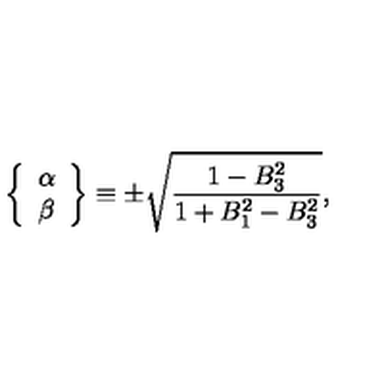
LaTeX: \left\{ \begin{array} { c } { \alpha } \\ { \beta } \\ \end{array} \right\} \equiv \pm \sqrt \frac { 1 - B _ { 3 } ^ { 2 } } { 1 + B _ { 1 } ^ { 2 } - B _ { 3 } ^ { 2 } } ,